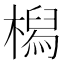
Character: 𣚔